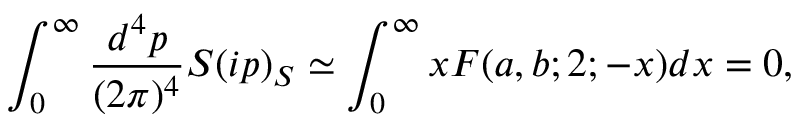
\int _ { 0 } ^ { \infty } \frac { d ^ { 4 } p } { ( 2 \pi ) ^ { 4 } } S ( i p ) _ { S } \simeq \int _ { 0 } ^ { \infty } x F ( a , b ; 2 ; - x ) d x = 0 ,